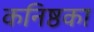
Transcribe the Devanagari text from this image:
कनिष्ठका